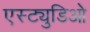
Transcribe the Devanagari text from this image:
एस्ट्युडिओ